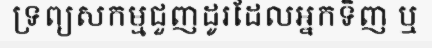
ទ្រព្យសកម្មជួញដូរដែលអ្នកទិញ ឬ